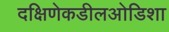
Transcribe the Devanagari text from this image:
दक्षिणेकडीलओडिशा